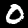
Digit: 0